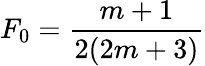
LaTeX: F_{0}=\frac{m+1}{2(2m+3)}